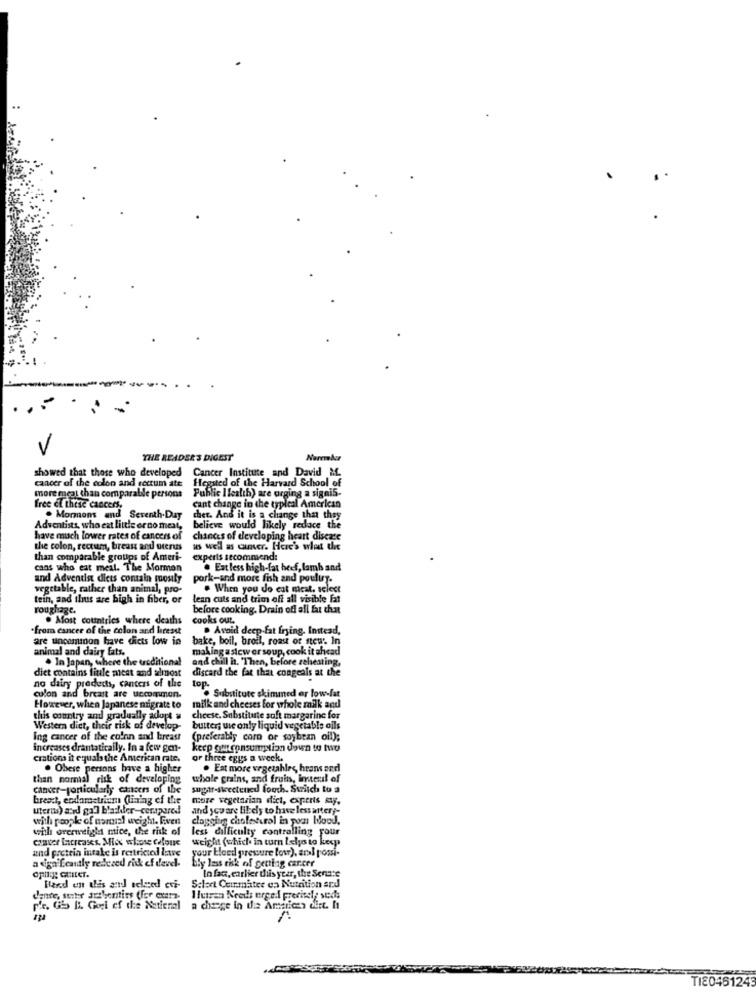
THE READER'S DIGEST
Narember
showed that those who developed Cancer Institute and David M.
cancer of the colon and rectum ate
Hegsted of the Harvard School of
more meal than comparable persons
Public Ilealth) are urging a signis.
free el thise cancers.
cant change in the typical American
. Mormons and Seventh-Day cher. And it is a change that they
Adventists, who eat little or no meat,
believe would likely reduce the
have much lower rates of cancers of
chances of developing heart disease
the colon, rectum, breast and uterus
as well as caner. Here's what the
than comparable groups of Ameri-
experis secommend:
cans who eat meal. The Mormon
. Eat less high-fat beef, lamb and
and Adventist diets contain mostly
pork-and more fish and pouluy.
vegetable, rather than animal, pro-
. When you do eat meat. select
tein, and thus are high in fiber, or
lean cuts and trim off all visible Fat
roughage.
before cooking. Drain off all fat that
. Most countries where deaths
cooks out.
from cancer of the colon and hresst
. Avoid deep.fat frying. Instead,
are uncomunon have dicts low in
bake, boil, broil, roast of stew. In
animal and dairy fats.
making a stcw er soup, cook it chcad
. In Japan, where the traditional
and chill ht. Then, before zeheating,
diet contains fiule meat and almost
discard the fat that congeals at the
no dairy products, canters of the
top.
colon and breast are uccommon.
Substitute skimmed er low-fat
However, when Japanese migrate to
milk and cheeses for whole milk and
this country andl gradually adopt u
cheese. Substitute soft margarine for
Western diet, their risk of develop-
butter; wie only liquid vegetable oils
Ing cancer of the co'nn and breast
(preferably corn or soybean oil);
increases dramatically. In a few gen-
keep om consumption down to two
ciations it equals the American rate.
or three eggs a week.
. Obese persons bave a higher
. Eat more vegetables, hrans and
than normal risk of developing
whole grains, and fruin, imteuil of
cancer-particularly cancers of the
sugit-sweetened fouch. Switch to a
bread, exclam trium (lining of the
more vegetarian dict, experts my.
Uterths) and gall blachler-compared!
and you are likely to have less artery-
with people of coral weight. Even
clogging cholesterol in porn blood.
with orerweight mice, the risk of
less difficulty controlling your
conter Licreases. Mios whose celouse
and protein intake is restricted lave
weight (which in turn Lelyo to keep
your bloed pressure low), aral posi-
a sign Leanaly redezed risk of devel.
opil: GLIter.
bly lass risk of getting cancer
In fac, earlier this year, the Senate
Bland en this and seleed cvi-
Select Coimater en Nutrition and
dente, sunter auchentins (for exata-
Hutran Needs ergel precisely sedis
pfe. Gio Ii. Gogi of the National a change in the American ofte. It
1.
TI80461243